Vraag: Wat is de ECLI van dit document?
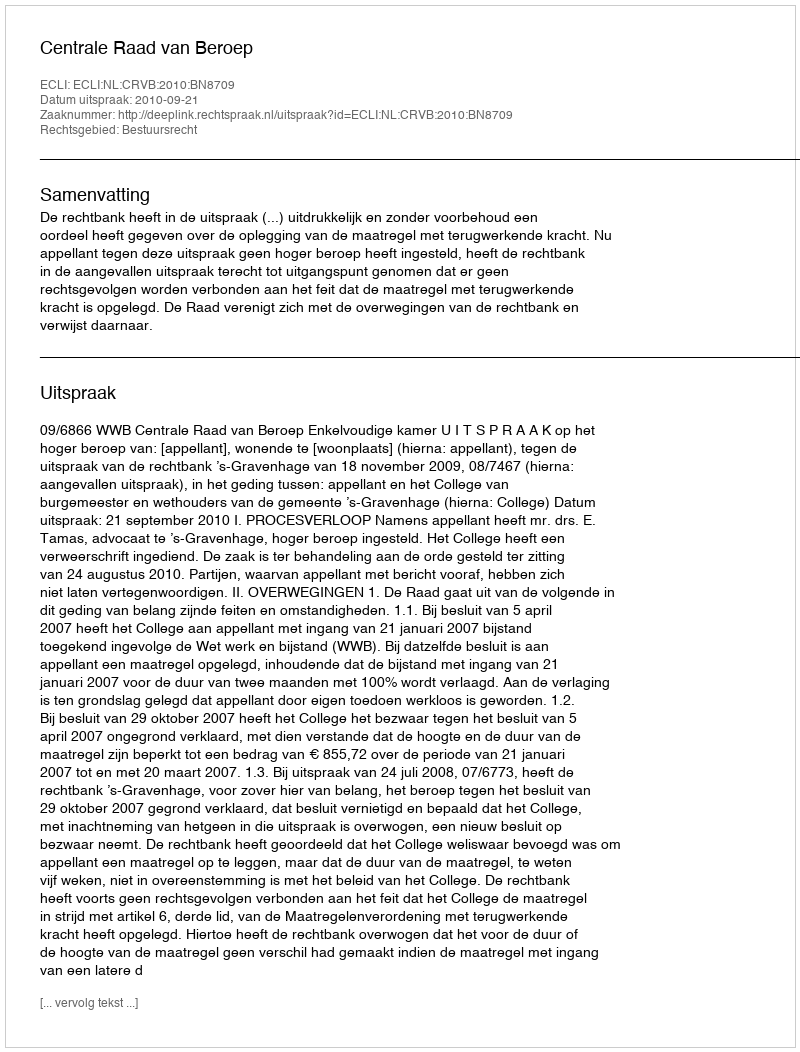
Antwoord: ECLI:NL:CRVB:2010:BN8709